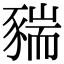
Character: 䝎